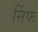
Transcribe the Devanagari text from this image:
र्निफ